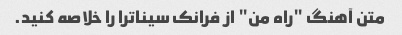
متن آهنگ "راه من" از فرانک سیناترا را خلاصه کنید.